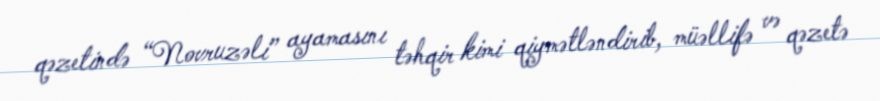
qəzetində “Novruzəli” ayamasını təhqir kimi qiymətləndirib, müəllifə və qəzetə